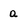
Character: Q